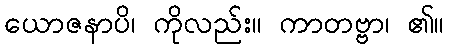
ယောဇနာပိ၊ ကိုလည်း။ ကာတဗ္ဗာ၊ ၏။